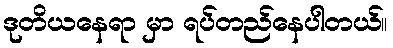
ဒုတိယနေရာ မှာ ရပ်တည်နေပါတယ်။